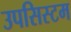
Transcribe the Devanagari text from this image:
उपसिस्टम